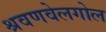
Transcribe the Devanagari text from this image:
श्रवणवेलगोल